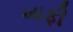
ખાફી